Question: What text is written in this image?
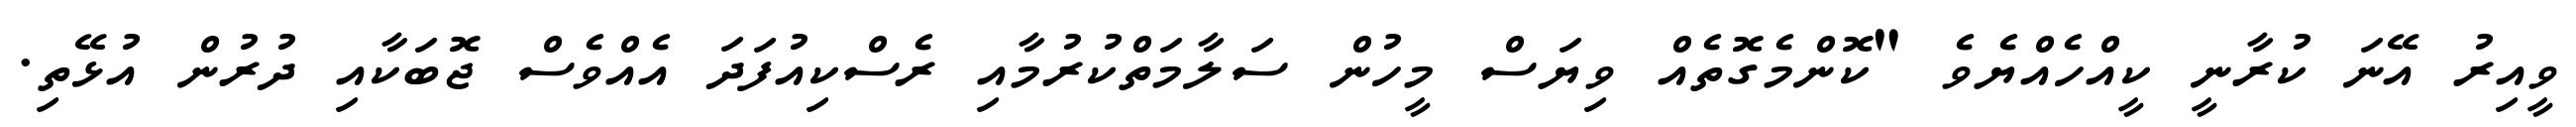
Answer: ވީއިރު އޭނަ ކުރާނީ ކީއްހެއްޔެވެ "ކޮންމެގޮތެއް ވިޔަސް މީހުން ސަލާމަތްކުރުމާއި ރެސްކިއުފަދަ އެއްވެސް ޖޮބަކާއި ދުރުން އުޅޭތި.